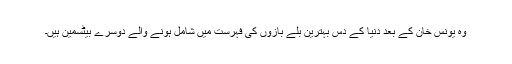
وہ یونس خان کے بعد دنیا کے دس بہترین بلے بازوں کی فہرست میں شامل ہونے والے دوسرے بیٹسمین ہیں۔